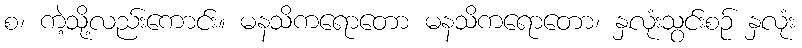
စ၊ ကဲ့သို့လည်းကောင်း။ မနသိကရောတော မနသိကရောတော၊ နှလုံးသွင်းစဉ် နှလုံး